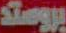
بروستد